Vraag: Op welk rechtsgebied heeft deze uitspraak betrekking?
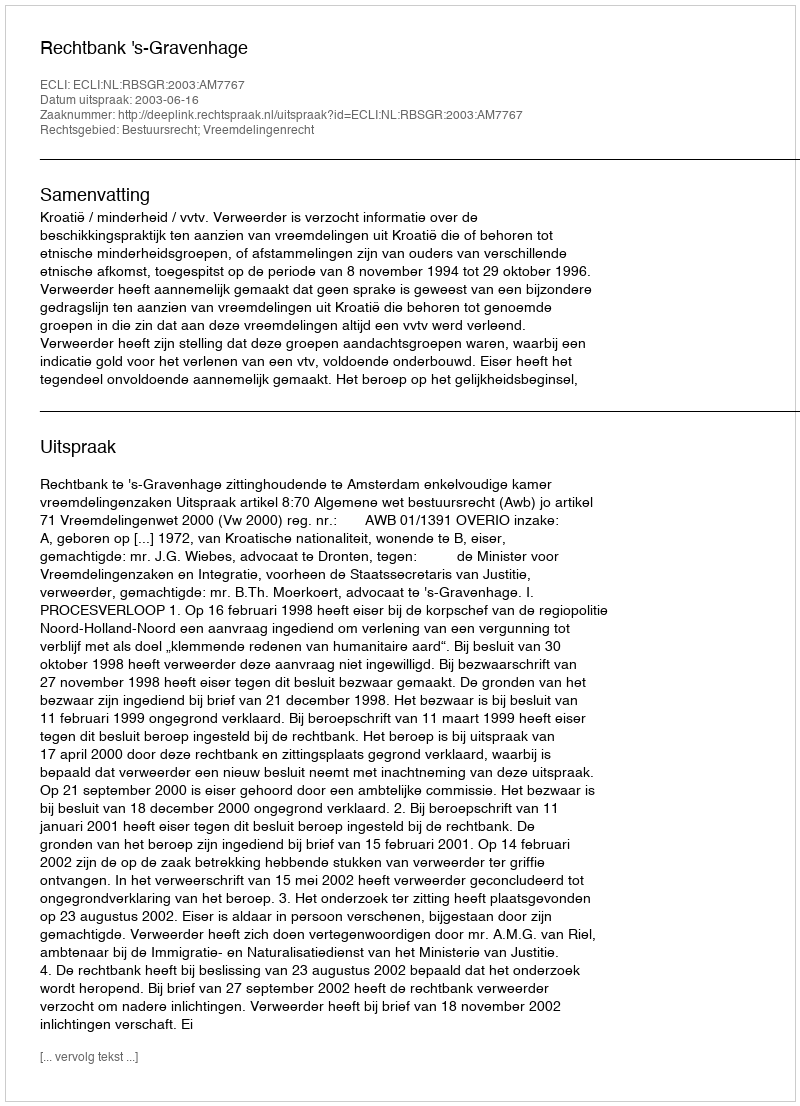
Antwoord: Bestuursrecht; Vreemdelingenrecht